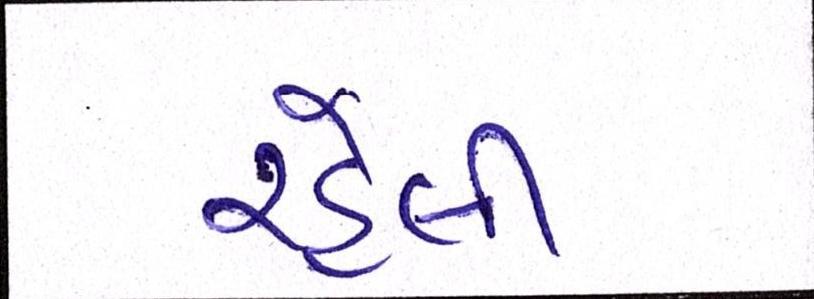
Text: રહેલી